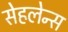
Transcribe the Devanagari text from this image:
सेहलेन्स